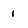
Character: 1